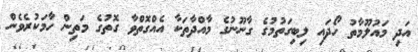
އަދި މައުލޫމާތު ހޯދައި ލިބިގަތުމުގެ ގާނޫނުގެ މާއްދާތަކާ އެއްގޮތްވާ ގޮތުގެ މަތިން ހާމަކުރެވެން